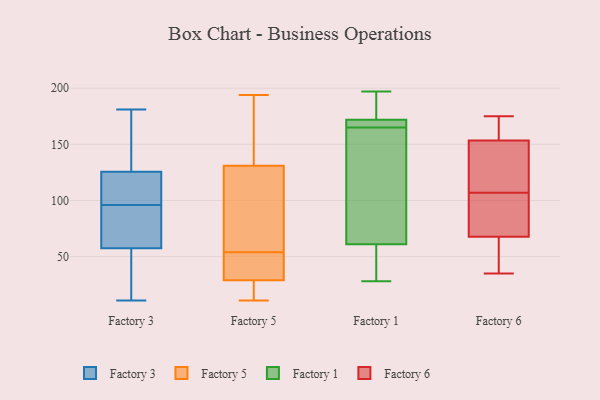
{"axis": {"x": "LTV (USD)", "y": "Value"}, "legend": ["Factory 1", "Factory 3", "Factory 5", "Factory 6"], "data": [{"x": "", "y": 181, "type": "Factory 3"}, {"x": "", "y": 117, "type": "Factory 3"}, {"x": "", "y": 62, "type": "Factory 3"}, {"x": "", "y": 98, "type": "Factory 3"}, {"x": "", "y": 48, "type": "Factory 3"}, {"x": "", "y": 11, "type": "Factory 3"}, {"x": "", "y": 49, "type": "Factory 3"}, {"x": "", "y": 63, "type": "Factory 3"}, {"x": "", "y": 23, "type": "Factory 3"}, {"x": "", "y": 94, "type": "Factory 3"}, {"x": "", "y": 150, "type": "Factory 3"}, {"x": "", "y": 175, "type": "Factory 3"}, {"x": "", "y": 100, "type": "Factory 3"}, {"x": "", "y": 66, "type": "Factory 3"}, {"x": "", "y": 53, "type": "Factory 3"}, {"x": "", "y": 164, "type": "Factory 3"}, {"x": "", "y": 134, "type": "Factory 3"}, {"x": "", "y": 77, "type": "Factory 3"}, {"x": "", "y": 102, "type": "Factory 3"}, {"x": "", "y": 111, "type": "Factory 3"}, {"x": "", "y": 11, "type": "Factory 5"}, {"x": "", "y": 194, "type": "Factory 5"}, {"x": "", "y": 102, "type": "Factory 5"}, {"x": "", "y": 177, "type": "Factory 5"}, {"x": "", "y": 37, "type": "Factory 5"}, {"x": "", "y": 42, "type": "Factory 5"}, {"x": "", "y": 27, "type": "Factory 5"}, {"x": "", "y": 131, "type": "Factory 5"}, {"x": "", "y": 29, "type": "Factory 5"}, {"x": "", "y": 66, "type": "Factory 5"}, {"x": "", "y": 172, "type": "Factory 1"}, {"x": "", "y": 28, "type": "Factory 1"}, {"x": "", "y": 170, "type": "Factory 1"}, {"x": "", "y": 169, "type": "Factory 1"}, {"x": "", "y": 178, "type": "Factory 1"}, {"x": "", "y": 35, "type": "Factory 1"}, {"x": "", "y": 61, "type": "Factory 1"}, {"x": "", "y": 187, "type": "Factory 1"}, {"x": "", "y": 164, "type": "Factory 1"}, {"x": "", "y": 152, "type": "Factory 1"}, {"x": "", "y": 166, "type": "Factory 1"}, {"x": "", "y": 32, "type": "Factory 1"}, {"x": "", "y": 105, "type": "Factory 1"}, {"x": "", "y": 197, "type": "Factory 1"}, {"x": "", "y": 169, "type": "Factory 6"}, {"x": "", "y": 175, "type": "Factory 6"}, {"x": "", "y": 107, "type": "Factory 6"}, {"x": "", "y": 91, "type": "Factory 6"}, {"x": "", "y": 160, "type": "Factory 6"}, {"x": "", "y": 107, "type": "Factory 6"}, {"x": "", "y": 60, "type": "Factory 6"}, {"x": "", "y": 127, "type": "Factory 6"}, {"x": "", "y": 134, "type": "Factory 6"}, {"x": "", "y": 42, "type": "Factory 6"}, {"x": "", "y": 35, "type": "Factory 6"}]}